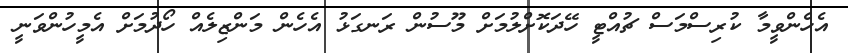
އެހެންވީމާ ކުރިސްމަސް ޗުއްޓީ ހޭދަކޮށްލުމަށް މޫސުން ރަނގަޅު އެހެން މަންޒިލެއް ހޯދުމަށް އެމީހުންވަނީ